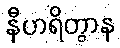
နီဟရိတွာန